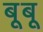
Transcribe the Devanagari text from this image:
बूबू